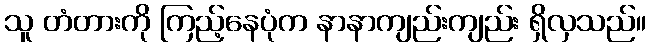
သူ တံတားကို ကြည့်နေပုံက နာနာကျည်းကျည်း ရှိလှသည်။